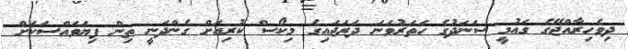
ދިވެހިރާއްޖޭގެ ގައުމީ ސަނަދުގެ ހަތަރުވަނަ ދަރަޖައިގެ މިކޯސް ކުރިއަށް ގެންދަނީ ތިން ފިޔަވައްސަކަށް